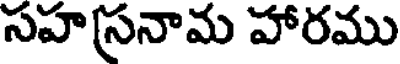
సహ(స్రనామ హారము